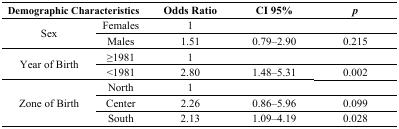
| <COLSPAN=2> Demographic Characteristics | Odds Ratio | CI 95% | p |
 | --- | --- | --- | --- | --- |
 | <ROWSPAN=2> Sex | Females | 1 |  |  |
 | Males | 1.51 | 0.79–2.90 | 0.215 |
 | <ROWSPAN=2> Year of Birth | ≥1981 | 1 |  |  |
 | <1981 | 2.80 | 1.48–5.31 | 0.002 |
 | <ROWSPAN=3> Zone of Birth | North | 1 |  |  |
 | Center | 2.26 | 0.86–5.96 | 0.099 |
 | South | 2.13 | 1.09–4.19 | 0.028 |